Annual administration report of the Civil Veterinary Department of India - 1897-1898
Year: 1897
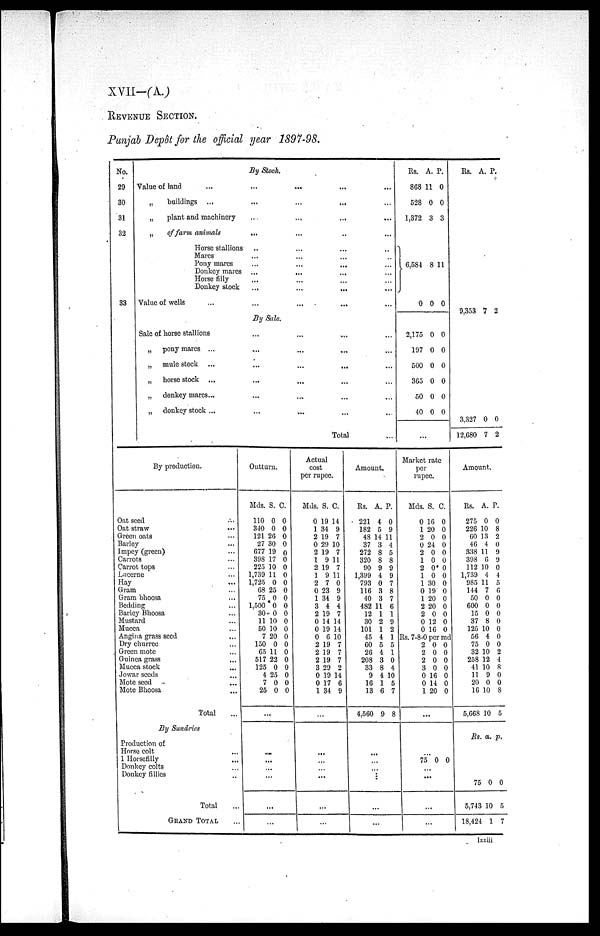
XVII—(A.)
REVENUE SECTION.
Punjab Depôt for the official mar 1897-98.
No.
29
30
31
32
33
By Stock.
Value of land ... ... ... ...
„
buildings ... ... ... ... ...
„
plant and machinery... ... ... ...
„
of farm animals ... ... ... ...
Horse stallions ... ... ... ...
Mares ... ... ... ...
Pony mares ... ... ... ...
Donkey marcs ... ... ... ...
Horse filly ... ... ... ...
Donkey stock ... ... ... ...
Value of wells ... ... ... ... ...
By Sale.
Sale of horse stallions... ... ... ...
„ pony mares ... ... ... ... ...
„ mule stock ... ... ... ... ...
„ horse stock ... ... ... ... ...
„ donkey mares... ... ... ... ...
„ donkey stock ... ... ... ... ...
Total
...
Rs.
868
528
1,372
6,584
0
2,175
197
500
365
50
40
A.
11
0
3
8
0
0
0
0
0
0
0
P.
0
0
3
11
0
0
0
0
0
0
0
...
Rs.
9,353
3,327
12,680
A.
7
0
7
P.
2
0
2
By production.
Oat seed ...
Oat straw ...
Green oats ...
Barley ...
Impey (green) ...
Carrots ...
Carrot tops ...
Lucerne ...
Hay ...
Gram ...
Gram bhoosa ...
Bedding ...
Barley Bhoosa ...
Mustard ...
Mucca ...
Angina grass seed ...
Dry churree ...
Green mote ...
Guinea grass ...
Mucca stock ...
Jowar seeds
...
Mote seed ...
Mote Bhoosa ...
Total ...
By Sundries
Production of
Horse colt ...
1 Horsefilly ...
Donkey colts ...
Donkey fillies ...
Total ...
GRAND TOTAL...
Outturn.
Mds.
110
340
121
27
677
398
225
1,739
1,725
68
75
1,500
30
11
50
7
150
65
517
125
4
7
25
S.
0
0
26
30
19
17
10
11
0
25
0
0
0
10
10
20
0
11
22
0
25
0
0
C.
0
0
0
0
0
0
0
0
0
0
0
0
0
0
0
0
0
0
0
0
0
0
0
...
...
...
...
...
...
...
...
...
...
Actual
cost
per rupee.
Mds.
0
1
2
0
2
1
2
1
2
0
1
3
2
0
0
0
2
2
2
3
0
0
1
S.
19
34
19
29
19
9
19
9
7
23
34
4
19
14
19
6
19
19
19
29
19
17
34
C.
14
9
7
10
7
11
7
11
0
9
9
4
7
14
14
10
7
7
7
2
14
6
9
...
...
...
...
...
...
...
...
...
...
Amount.
Rs.
221
182
48
37
272
320
90
1,399
793
116
40
482
12
30
101
45
60
26
208
33
9
16
13
4,560
...
...
...
...
...
...
...
...
...
A.
4
5
14
3
8
8
9
4
0
3
3
11
1
2
1
4
5
4
3
8
4
1
6
9
P.
0
9
11
4
5
8
9
9
7
8
7
6
1
9
2
1
5
1
0
4
10
5
7
8
Market rate
per
rupee.
Mds.
0
1
2
0
2
1
2
1
1
0
1
2
2
0
0
Rs. 7-8-0
2
2
2
3
0
0
1
S.
16
20
0
24
0
0
0
0
30
19
20
20
0
12
16
per
0
0
0
0
16
14
20
C.
0
0
0
0
0
0
0
0
0
0
0
0
0
0
0
md
0
0
0
0
0
0
0
...
75
...
0
...
...
...
0
Amount.
Rs.
275
226
60
46
338
398
112
1,739
985
144
50
600
15
37
125
56
75
32
258
41
11
20
16
5,668
Rs.
75
5,743
18,424
A.
0
10
13
4
11
6
10
4
11
7
0
0
0
8
10
4
0
10
12
10
9
0
10
10
a.
0
10
1
P.
0
8
2
0
9
9
0
4
5
6
0
0
0
0
0
0
0
2
4
8
0
0
8
5
p.
0
5
7
lxxiii